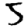
Digit: 5